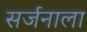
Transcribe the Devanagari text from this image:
सर्जनाला